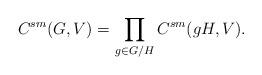
LaTeX: \begin{align*} C^{sm}(G,V) = \prod_{g\in G/H} C^{sm}(gH, V). \end{align*}